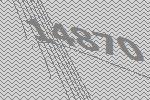
14870